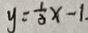
y = \frac { 1 } { 3 } x - 1